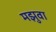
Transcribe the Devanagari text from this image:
मझुवा